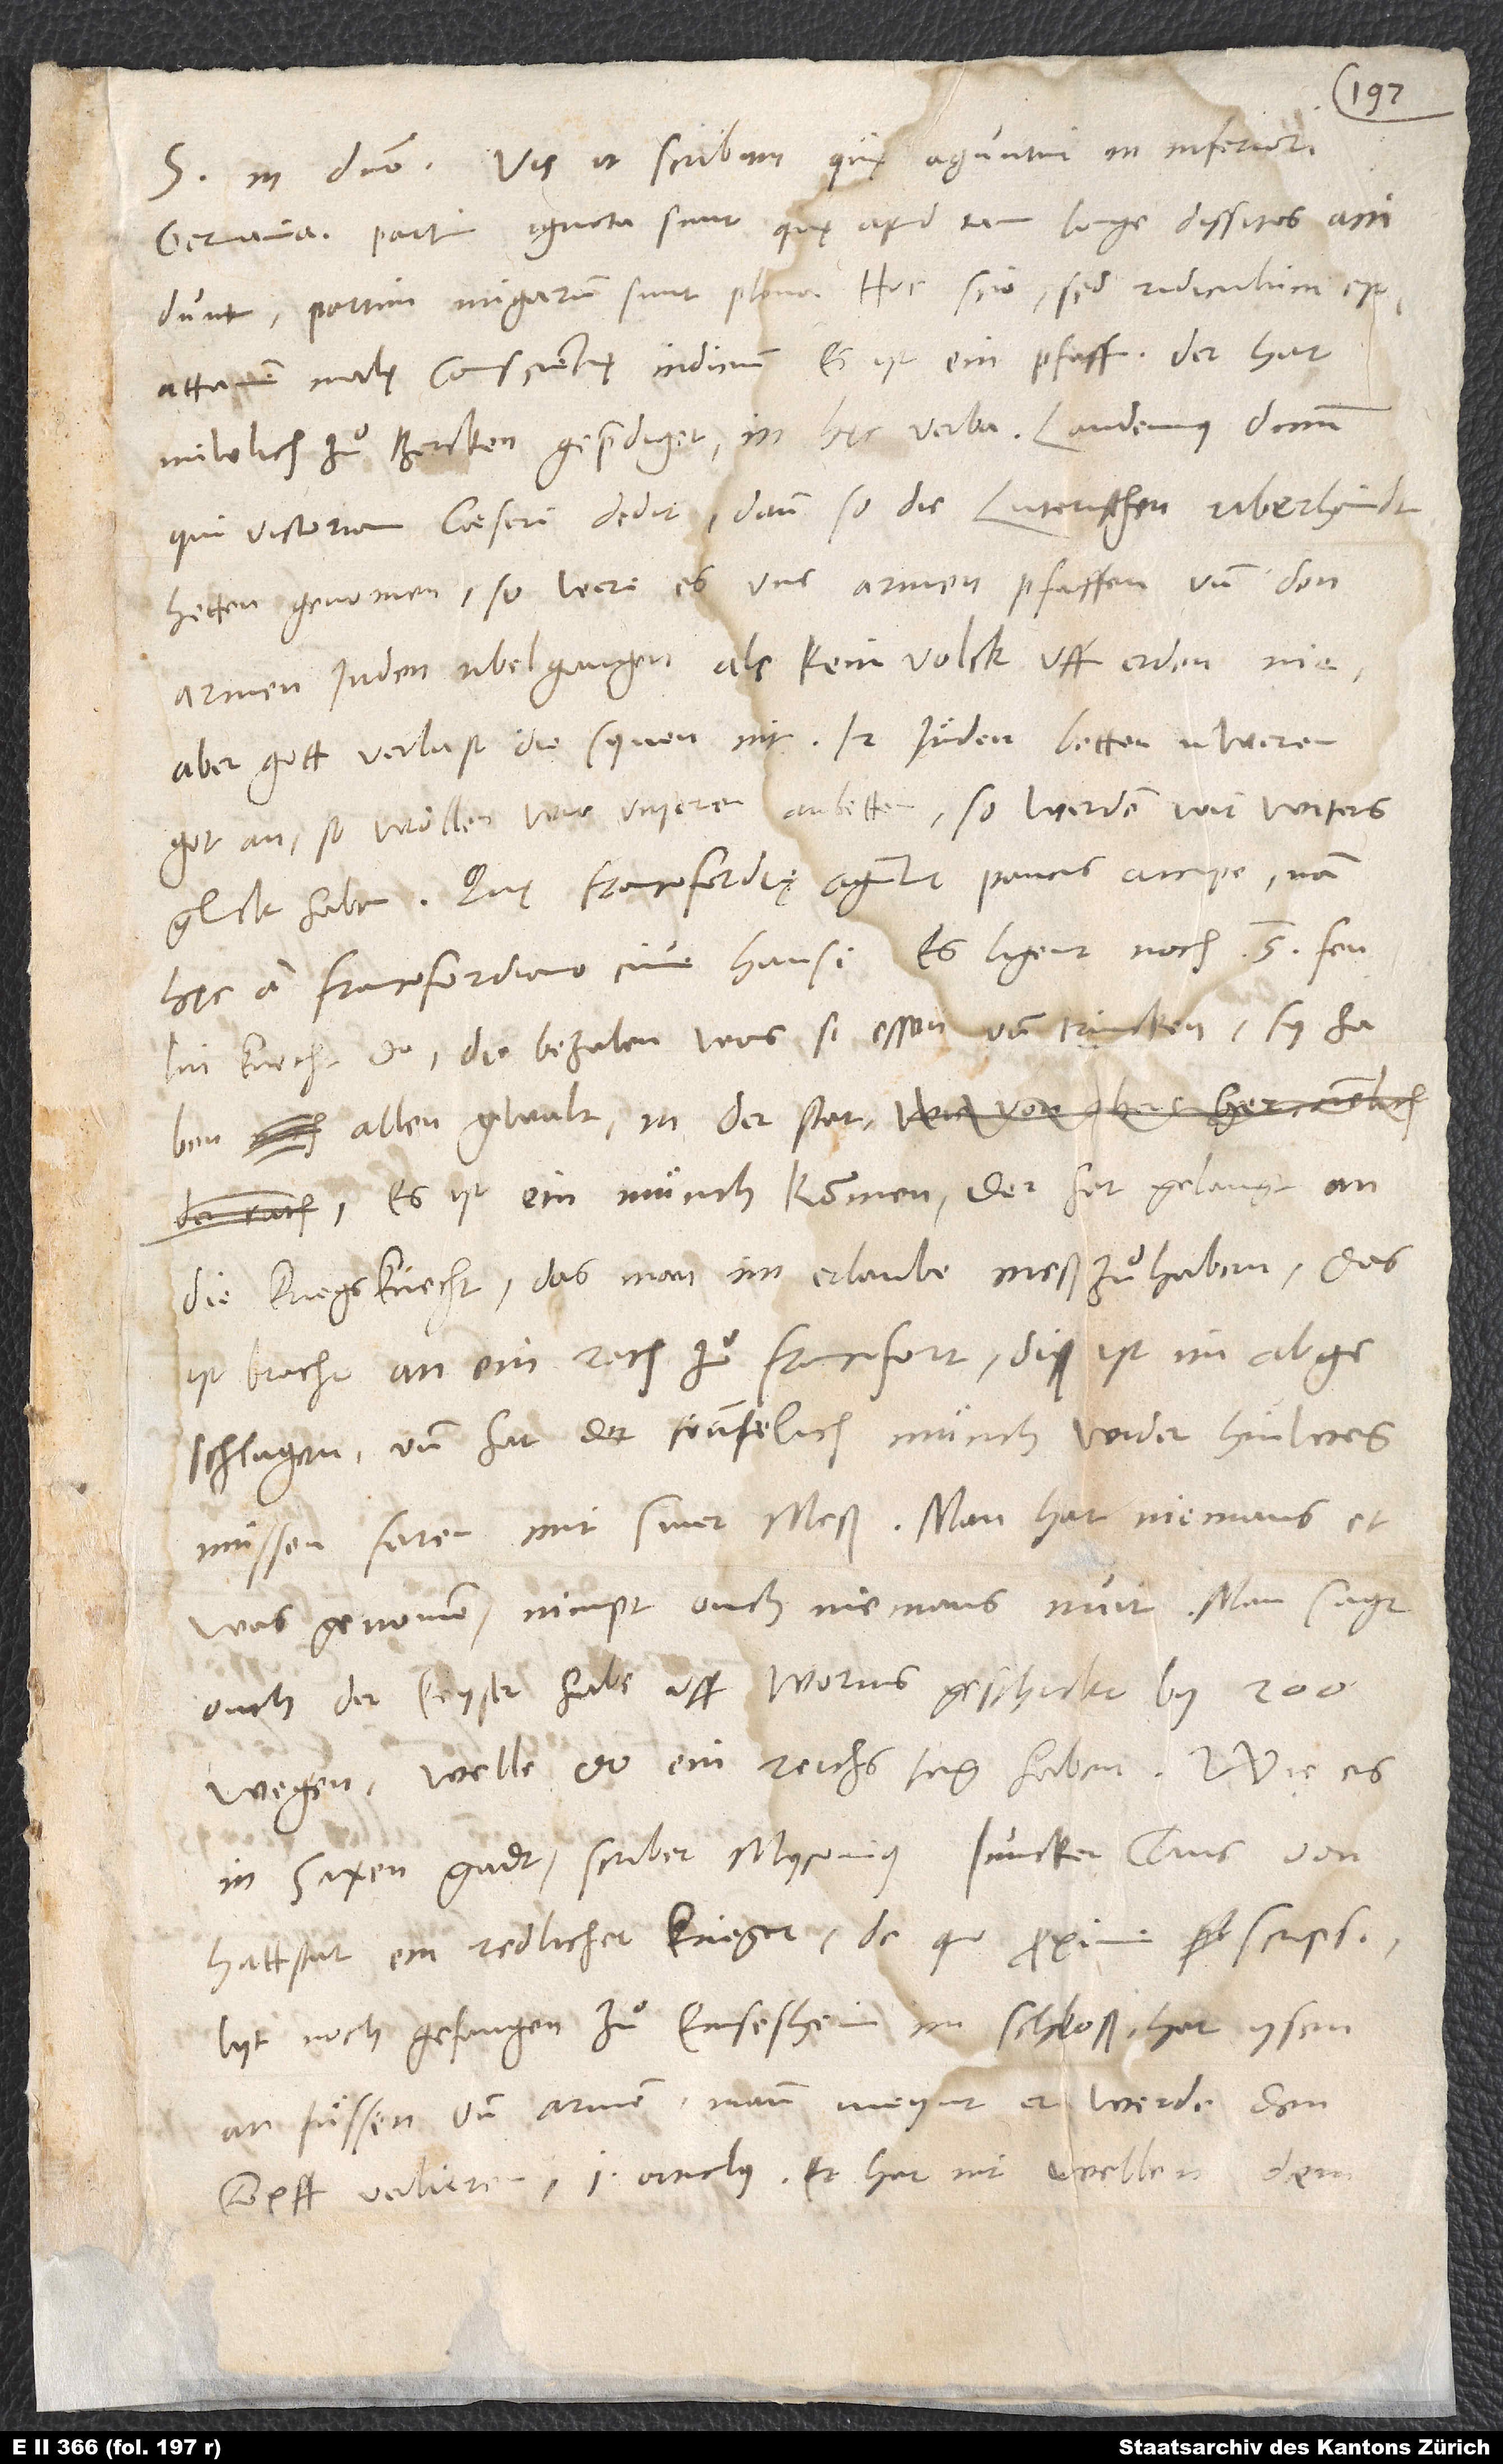
S. in domino. Vis, ut scribam, quę aguntur in Inferiori
Germania. Partim ignota sunt, quę apud tam longe dissitos accidunt,
partim nugarum sunt plena. Hoc scio, sed ridiculum est,
attamen malę conscientię indicium: Es ist ein pfaff, der hat
nüwlich zuͦ Bercken geprediget in hec verba: „Laudemus dominum,
qui victoriam caesari dedit, dann so die Luterischen uberhandt
hetten genomen, so were es uns armen pfaffen und den
armen Juden ubel gangen, als kein volck uff erden nie!
Aber gott verlast die synen nit. Ir Juͤden betten üweren
got an, so wöllen wir unseren anbetten. So werden wir witers
Quę Francofordię aguntur, paucis accipe, nam
hęc a Francofordiano cive hausi: Es ligent noch 5 fenlin
knecht do. Die bezalen, was si essen und trincken. Sy haben
allen gwalt in der stat.
Es ist ein muͤnch kommen. Der het gelangt an
die kriegsknecht, das man im erlaube, meß zuͦ haben. Das
ist bracht an ein rath zuͦ Francofort. Diß ist im
abgeschlagen. Und hat der frünfelich muͤnch wider hinweg
müssen faren mit siner meß. Man hat niemans etwas
ouch, der keyser habe uff Worms geschickt by 200
wegen. Welle do ein reichstag haben. Wie es
Hattstat, ein redlicher krieger, de quo proxime scripsi,
lyt noch gefangen zuͦ Ensesheim im schloß. Hat ysen
an fuͤssen und armen. Man meynt, er werde den
kopff verlieren. 1. articulus: Er hat nit wellen dem